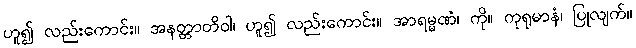
ဟူ၍ လည်းကောင်း။ အနတ္တာတိဝါ၊ ဟူ၍ လည်းကောင်း။ အာရမ္မဏံ၊ ကို။ ကုရုမာနံ၊ ပြုလျက်။